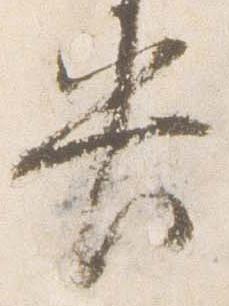
央